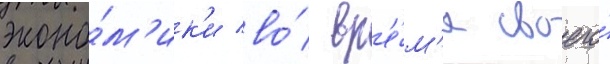
эконо́м'ик'и во́ вр'е́м'я своего́